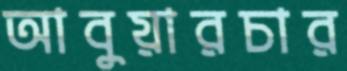
আবুয়ারচার